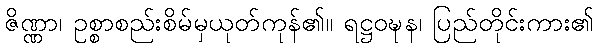
ဇိဏ္ဏာ၊ ဥစ္စာစည်းစိမ်မှယုတ်ကုန်၏။ ရဋ္ဌဝဍ္ဎန၊ ပြည်တိုင်းကား၏